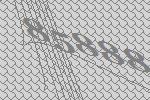
85888